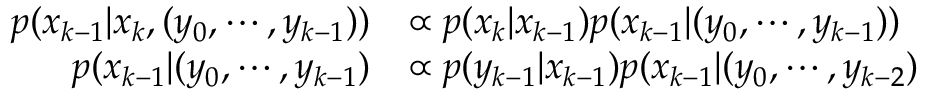
{ \begin{array} { r l } { p ( x _ { k - 1 } | x _ { k } , ( y _ { 0 } , \cdots , y _ { k - 1 } ) ) } & { \propto p ( x _ { k } | x _ { k - 1 } ) p ( x _ { k - 1 } | ( y _ { 0 } , \cdots , y _ { k - 1 } ) ) } \\ { p ( x _ { k - 1 } | ( y _ { 0 } , \cdots , y _ { k - 1 } ) } & { \propto p ( y _ { k - 1 } | x _ { k - 1 } ) p ( x _ { k - 1 } | ( y _ { 0 } , \cdots , y _ { k - 2 } ) } \end{array} }